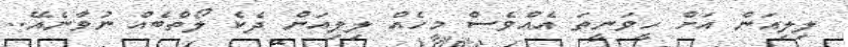
ލިލިއަން އަށް ހީވަނީތަ އެއްވެސް މީހެއް ލިލިއަން ދެކެ ލޯތްބެއް ނުވާނެއޭ..